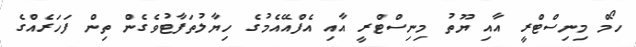
ހޯމް މިނިސްޓްރީ އާއި ޔޫތު މިނިސްޓްރީ އާއި އެފްއޭއެމުގެ ހިޔާލުތަފާޓުވެގެން ތިން ފަހަރެއްގެ